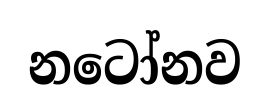
නටෝනව